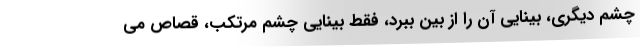
چشم دیگری، بینایی آن را از بین ببرد، فقط بینایی چشم مرتکب، قصاص می